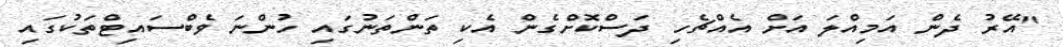
"އޭރު ދެން އަމިއްލަ އަށް އެއްޗެހި ދަސްކޮށްގެން އެކި ތަންތަނުގައި ހުންނަ ވެބްސައިޓްތަކުގައި